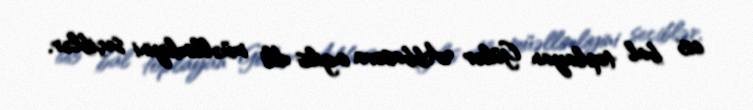
665 bal toplayan Gülər Abbasova ingilis dili müəllimliyini seçiblər.